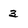
Character: 3